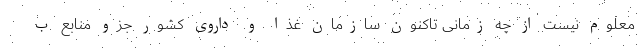
معلوم نیست از چه زمانی تاکنون سازمان غذا و داروی کشور جزو منابع ب